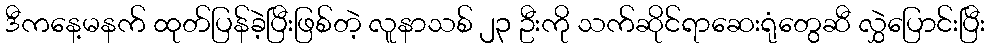
ဒီကနေ့မနက် ထုတ်ပြန်ခဲ့ပြီးဖြစ်တဲ့ လူနာသစ် ၂၃ ဦးကို သက်ဆိုင်ရာဆေးရုံတွေဆီ လွှဲပြောင်းပြီး